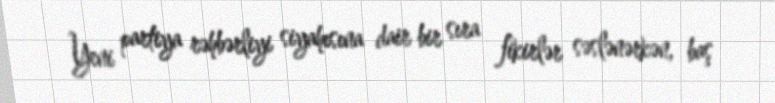
Yeni partiya rəhbərliyi siyahısına dair bir sıra fikirlər səslənərkən, baş